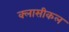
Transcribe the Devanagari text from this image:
क्लासीकल